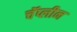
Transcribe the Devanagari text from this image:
चॅप्लीन